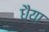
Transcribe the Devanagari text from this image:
धैया